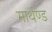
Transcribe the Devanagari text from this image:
मार्थण्ड